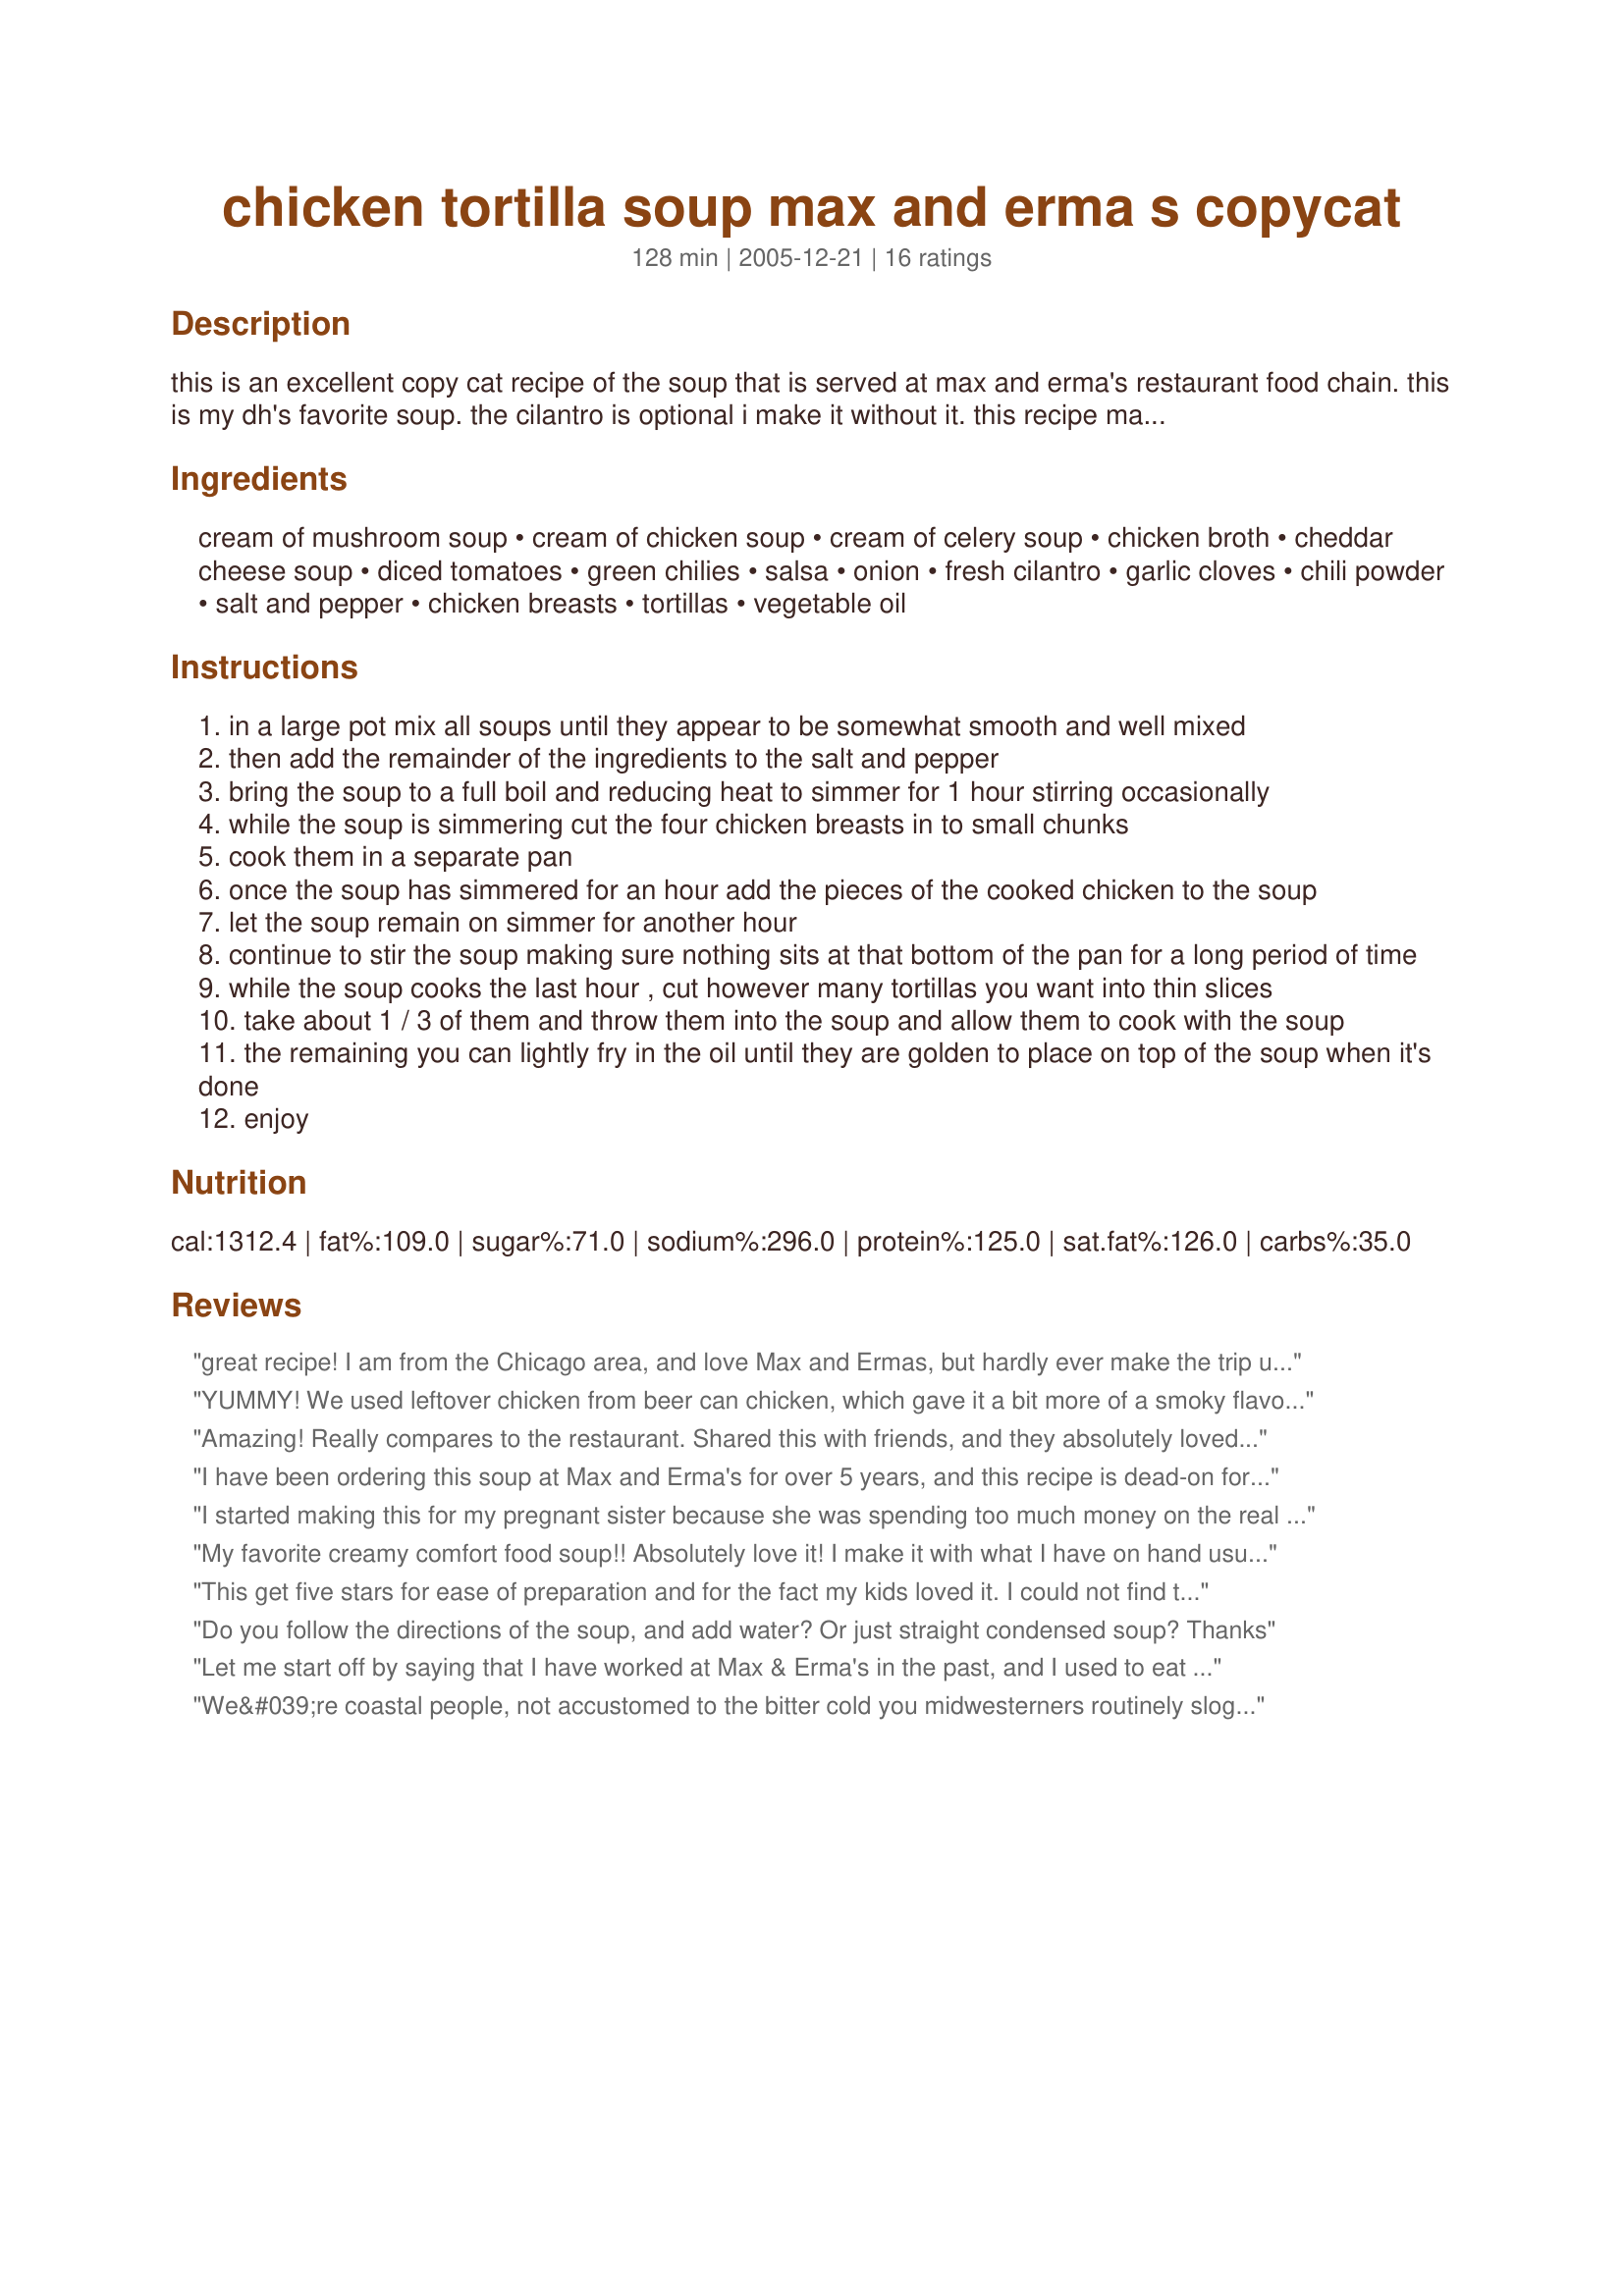
chicken tortilla soup max and erma s copycat
Preparation time: 128 minutes

this is an excellent copy cat recipe of the soup that is served at max and erma's restaurant food chain. this is my dh's favorite soup. the cilantro is optional i make it without it. this recipe makes a lot and is wonderful as leftovers. next time i'm going to half the recipe as it's only the two of us.

Ingredients:
cream of mushroom soup, cream of chicken soup, cream of celery soup, chicken broth, cheddar cheese soup, diced tomatoes, green chilies, salsa, onion, fresh cilantro, garlic cloves, chili powder, salt and pepper, chicken breasts, tortillas, vegetable oil

Steps:
in a large pot mix all soups until they appear to be somewhat smooth and well mixed
then add the remainder of the ingredients to the salt and pepper
bring the soup to a full boil and reducing heat to simmer for 1 hour stirring occasionally
while the soup is simmering cut the four chicken breasts in to small chunks
cook them in a separate pan
once the soup has simmered for an hour add the pieces of the cooked chicken to the soup
let the soup remain on simmer for another hour
continue to stir the soup making sure nothing sits at that bottom of the pan for a long period of time
while the soup cooks the last hour , cut however many tortillas you want into thin slices
take about 1 / 3 of them and throw them into the soup and allow them to cook with the soup
the remaining you can lightly fry in the oil until they are golden to place on top of the soup when it's done
enjoy

Reviews:
great recipe! I am from the Chicago area, and love Max and Ermas, but hardly ever make the trip up there to have it. I made this soup for a potluck, and while I was weirded out by all of the canned soup, the end result tasted amazing!
YUMMY! We used leftover chicken from beer can chicken, which gave it a bit more of a smoky flavor. Easy recipe and does not take that long. It was wonderful and re-heated great.
Amazing! Really compares to the restaurant. Shared this with friends, and they absolutely loved it. Super easy to make, and great flavor! Served with tortilla strips.
I have been ordering this soup at Max and Erma's for over 5 years, and this recipe is dead-on for the real thing! My family loves it. It freezes well, too, for a quick meal after work.
I started making this for my pregnant sister because she was spending too much money on the real thing. This recipe is so easy and I think it is better than what you get at Max and Erma's. It makes a lot, so I usually will cut the recipe in half and it still makes enough for us to eat on a couple days.
My favorite creamy comfort food soup!! Absolutely love it! I make it with what I have on hand usually making several substitutes when necessary and always is delicious! You can&#039;t go wrong with it! I make a very large batch and freeze several containers for a quick meal anytime!
This get five stars for ease of preparation and for the fact my kids loved it. I could not find the cheddar soup in the store so I just added some cheddar cheese and let it melt in the soup. I also pureed the tomatoes for the kids and left out the chicken. Thanks for an easy recipe.
Do you follow the directions of the soup, and add water? Or just straight condensed soup? Thanks
Let me start off by saying that I have worked at Max & Erma's in the past, and I used to eat this soup a lot. I no longer live in an area that has a Max & Erma's restaurant, so I just thought I would have to do without until I came across this recipe. Having tried other chicken tortilla soups since the infamous in-house recipe from M&E's, I was skeptical because I have yet to find anything even remotely close to what they serve. With this recipe I decided to just make half, so that way I wouldn't waste any ingredients. I regret doing so. This soup was so amazing. SO amazingly close to the original. YES, I agree with the others who say that there are A LOT of calories in this, and I wish there was another way other than using all the cream-of soups that the recipe calls for. If you push that aside and simply rate the recipe based on it's taste and accuracy to the restaurant soup, it's 100% in my book. I finished my entire batch by myself within a week, and now I have to make more because of how good it is. I made the recipe exactly as stated, I didn't make any crazy changes. The only thing that I did is I used pre-made tortilla strips instead of making my own. For those who say it's nothing like the original, you are clearly doing something very wrong.
We&#039;re coastal people, not accustomed to the bitter cold you midwesterners routinely slog through. With the ice storm headed our way I decided to make this recipe - using 1/2 the listed Campbell&#039;s soups and adding 6 cans of water + 1T chicken base. I couldn&#039;t imagine how the essentially undiluted soup would not scorch with a 2 hour cook time otherwise - and we could not swing that undiluted cream of soup. That said, I use the canned low sodium diced tomatoes and a 1/2 pint of green tomato/onion salsa. Ended with tearing 3 dried out flour tortillas and tossing along with 6 ounces of diced Velveeta. This is simply a wonderful cold weather soup that fed the two of us for 4 meals! Frying was out (I only fry outside and the sleet made that a nonstarter) so we crunched on Fritos - went great! I am not opposed to Campbell&#039;s Cream of... soups - I just don&#039;t usually buy them as I can do almost as well way cheaper from scratch. Anyway, this recipe with the flour tortilla tearups and additional cheese (&amp; home made green salsa) is a real sleeper keeper. I plan to serve this at an oyster roast if the extreme cold weather ever lets up here. Thanks for keeping us warm and well fed, ACTanksley! Real sleeper keeper recipe!
Love this soup! It tastes just like the restaurant's! This makes a huge pot though and is very rich to eat a full serving.
I've never had Max & Erma's chicken tortilla soup, but I can tell you that this is good! My sister and her boyfriend made it for a family gathering, and everyone loved it. It makes a ton of soup - we had lots of leftovers even after feeding 6 people. The deep fried tortilla strips are the best part, so don't substitute tortilla chips!
Haven't had the restaurant soup but I can tell you that this recipe is tasty! I halved the recipe and there was plenty left over. My thought is to add more chicken to the leftovers and pour over rice as a new dinner. Thanks so much for posting this recipe.
This was very good! I've only had max and erma's soup twice but loved it both times. I just can't remember it enough to know if it's a good copycat or not. But like i said, the soup is very good! The creator of this recipe needs to update the nutrition info though because I halved the recipe and I would say that alone would make 6 servings. I came up with each serving having around 400 calories. Definitely not 1319.
The soup is delicious, but it tastes absolutely nothing like Max and Erma's tortilla soup. Based on taste alone, I'd give it 5 stars, but because this was supposed to be a copycat recipe and taste like Max and Erma's, I lowered the rating.
not even close
